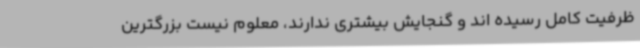
ظرفیت کامل رسیده اند و گنجایش بیشتری ندارند، معلوم نیست بزرگترین